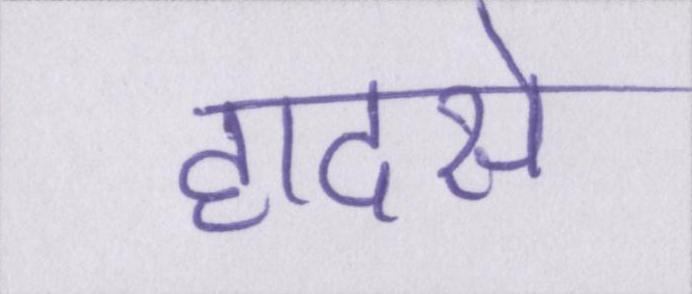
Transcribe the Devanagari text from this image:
हादसे